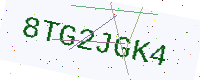
Text: 8TG2JGK4